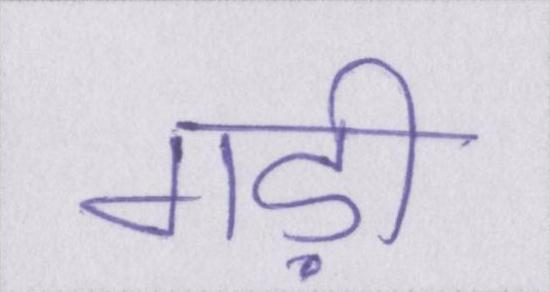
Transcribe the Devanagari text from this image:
गड़ी